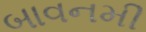
બાવનમી